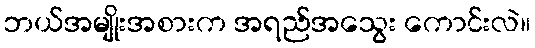
ဘယ်အမျိုးအစားက အရည်အသွေး ကောင်းလဲ။